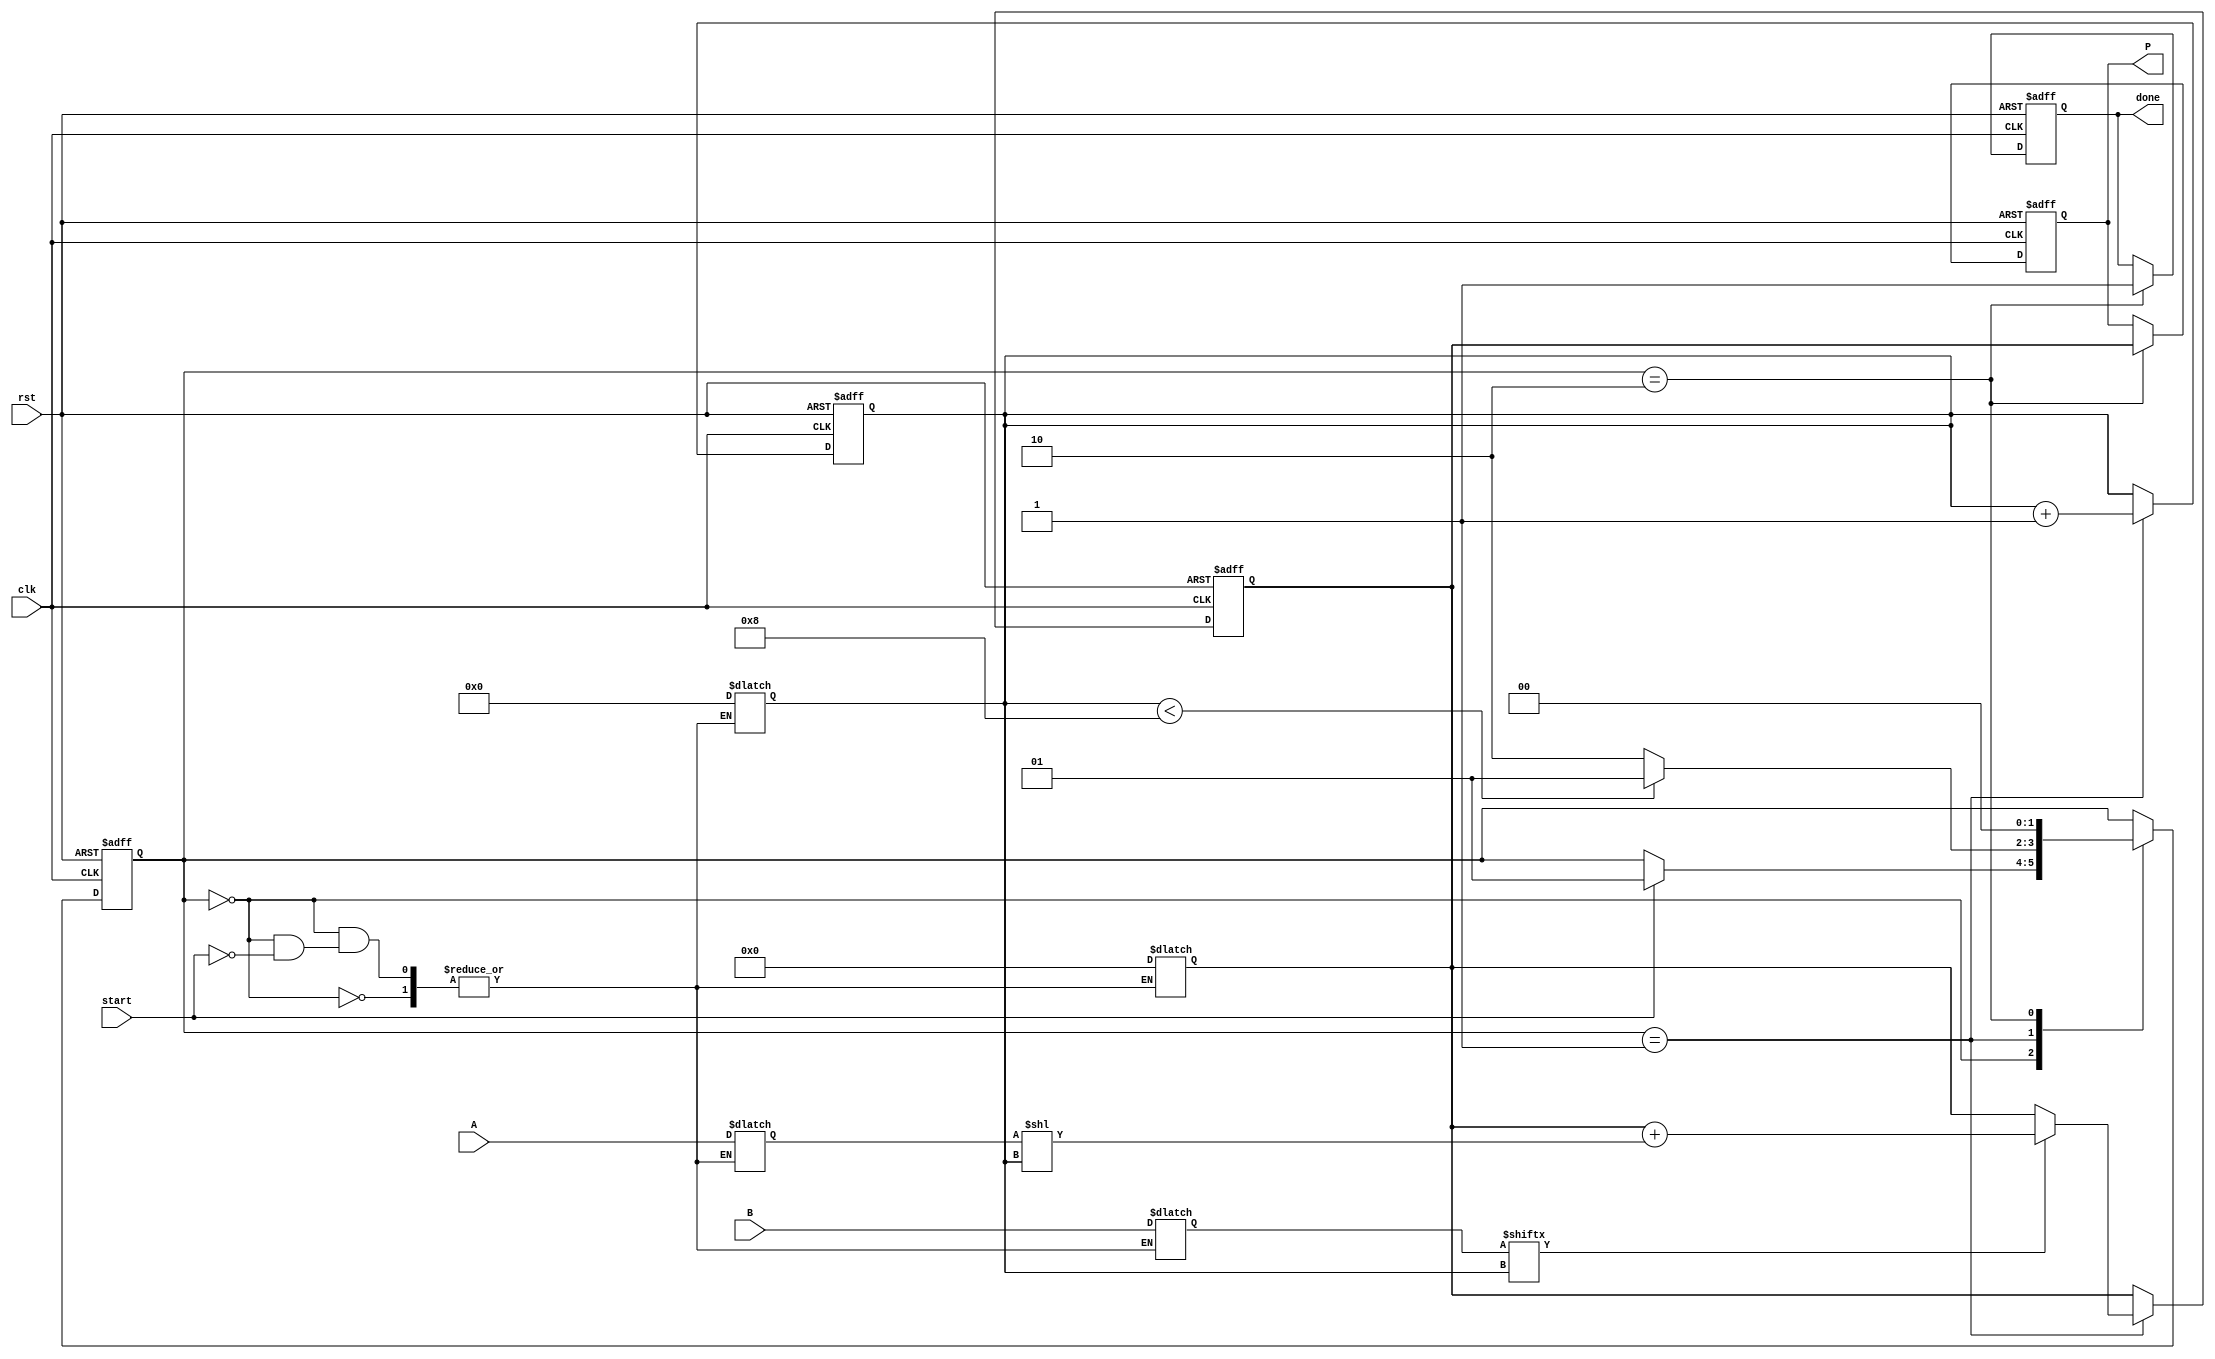
module radix2_multiplier #(parameter N = 8) (
    input wire [N-1:0] A,       // Multiplicand
    input wire [N-1:0] B,       // Multiplier
    input wire start,            // Control signal to initiate multiplication
    input wire clk,              // Clock signal
    input wire rst,              // Reset signal
    output reg [2*N-1:0] P,      // Product output
    output reg done              // Indicates multiplication is complete
);

    reg [N-1:0] multiplicand;
    reg [N-1:0] multiplier;
    reg [2*N-1:0] partial_product;
    reg [3:0] count;             // Counter for the number of bits processed
    reg [2*N-1:0] sum;           // Accumulator for the sum

    // State definitions
    localparam IDLE = 2'b00,
               SHIFT_ADD = 2'b01,
               DONE = 2'b10;

    reg [1:0] state, next_state;

    // Sequential logic for state transitions
    always @(posedge clk or posedge rst) begin
        if (rst) begin
            state <= IDLE;
            P <= 0;
            done <= 0;
            count <= 0;
            sum <= 0;
            partial_product <= 0;
        end else begin
            state <= next_state;
            if (state == SHIFT_ADD) begin
                if (multiplier[count]) begin
                    sum <= sum + (multiplicand << count);
                end
                count <= count + 1;
            end
            if (state == DONE) begin
                P <= sum;
                done <= 1;
            end
        end
    end

    // Combinational logic for next state and output logic
    always @(*) begin
        next_state = state;
        case (state)
            IDLE: begin
                if (start) begin
                    multiplicand = A;
                    multiplier = B;
                    sum = 0;
                    count = 0;
                    next_state = SHIFT_ADD;
                end
            end
            SHIFT_ADD: begin
                if (count < N) begin
                    next_state = SHIFT_ADD;
                end else begin
                    next_state = DONE;
                end
            end
            DONE: begin
                next_state = IDLE; // Go back to IDLE after done
            end
        endcase
    end

endmodule